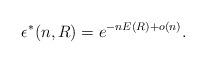
LaTeX: \begin{align*} \epsilon^*(n, R) = e^{-n E(R) + o(n)}. \end{align*}